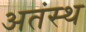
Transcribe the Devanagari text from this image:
अतंस्थ